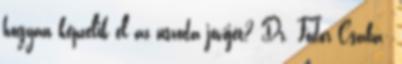
hogyan képzelik el az uszoda jövőjét? Dr. Fodor Csaba: